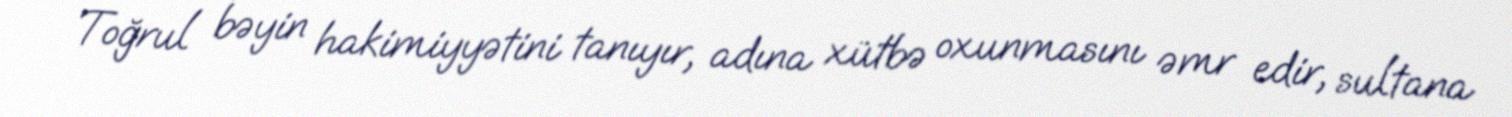
Toğrul bəyin hakimiyyətini tanıyır, adına xütbə oxunmasını əmr edir, sultana